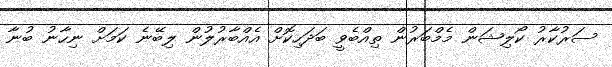
ސަރުކާރު ކޯލިޝަން މެމްބަރުން ތިއްބެވީ ބަދަހިކޮށް އެއްބާރުލުން ލިބޭނެ ކަމަށް ނިހާނު ބުނާ